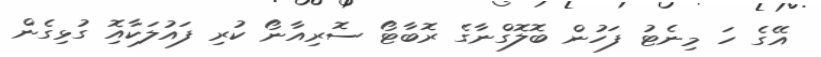
އޭގެ ހަ މިނެޓު ފަހުން ބޮލޮގްނާގެ ރޮބާޓޯ ސޮރިއާނޯ ކުރި ފައުލަކާއޮި ގުޅިގެން